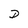
Character: D